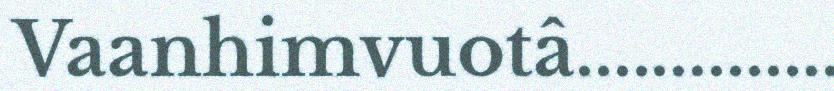
Vaanhimvuotâ..............